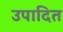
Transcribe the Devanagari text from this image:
उपादित